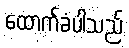
ထောက်ခံပါသည်